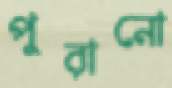
পুরানো